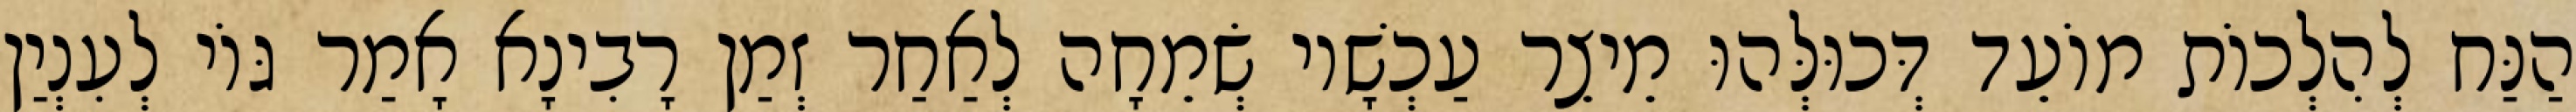
הַנַּח לְהִלְכוֹת מוֹעֵד דְּכוּלְּהוּ מֵיצֵר עַכְשָׁיו שְׂמֵחָה לְאַחַר זְמַן רָבִינָא אָמַר גּוֹי לְעִנְיַן